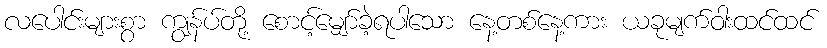
လပေါင်းများစွာ ကျွန်ပ်တို့ စောင့်မျှော်ခဲ့ရပါသော နေ့တစ်နေ့ကား ယခုမျက်ဝါးထင်ထင်